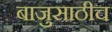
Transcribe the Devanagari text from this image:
बाजुसाठीच